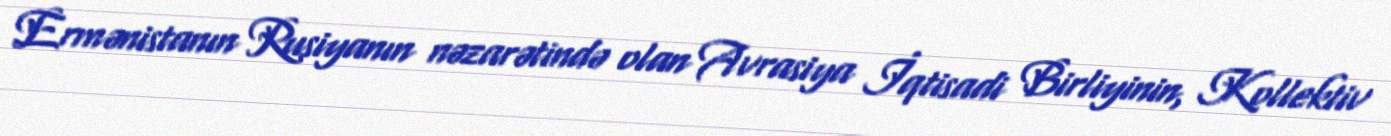
Ermənistanın Rusiyanın nəzarətində olan Avrasiya İqtisadi Birliyinin, Kollektiv